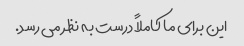
این برای ما کاملاً درست به نظر می رسد.